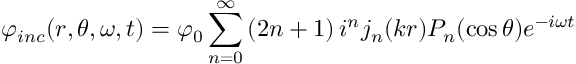
\varphi _ { i n c } ( r , \theta , \omega , t ) = \varphi _ { 0 } \sum _ { n = 0 } ^ { \infty } \left( 2 n + 1 \right) i ^ { n } j _ { n } ( k r ) P _ { n } ( \cos \theta ) e ^ { - i \omega t }